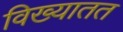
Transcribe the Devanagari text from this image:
विख्यातत